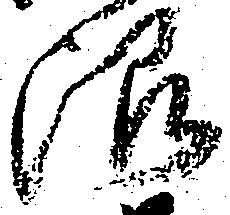
限